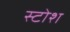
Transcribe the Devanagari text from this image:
स्टोश